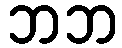
ဘဘ